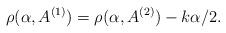
LaTeX: \begin{align*}\rho(\alpha,A^{(1)})=\rho(\alpha,A^{(2)})-k\alpha/2.\end{align*}